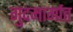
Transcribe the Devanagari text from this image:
गुदमार्गात